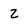
Character: 2